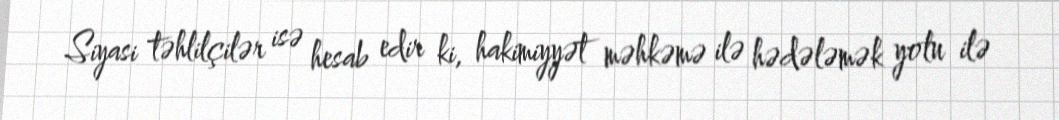
Siyasi təhlilçilər isə hesab edir ki, hakimiyyət məhkəmə ilə hədələmək yolu ilə